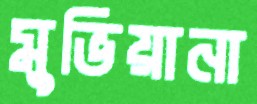
মুভিয়ানা